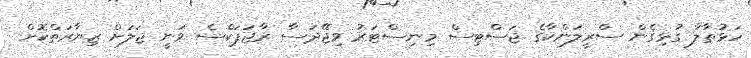
ހަޅުތާލާ ގުޅިގެން ސްރީލަންކާގެ ޖަސްޓިސް މިިނިސްޓަރު ވިޖޭދަސާ ރާޖަޕަކްސެ ވަނީ ޖަލަށް ޒިޔާރަތްކޮށް